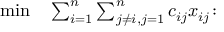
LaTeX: \begin{array} { r l r l } { \operatorname* { m i n } } & { { } \sum _ { i = 1 } ^ { n } \sum _ { j \neq i , j = 1 } ^ { n } c _ { i j } x _ { i j } \colon } & { } & { { } } \end{array}